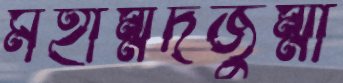
মহাম্মদজুম্মা